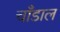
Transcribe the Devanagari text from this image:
चाँडाल